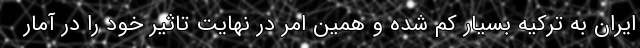
ایران به ترکیه بسیار کم شده و همین امر در نهایت تاثیر خود را در آمار